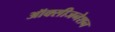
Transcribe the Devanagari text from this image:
ऑक्सीजनेशन